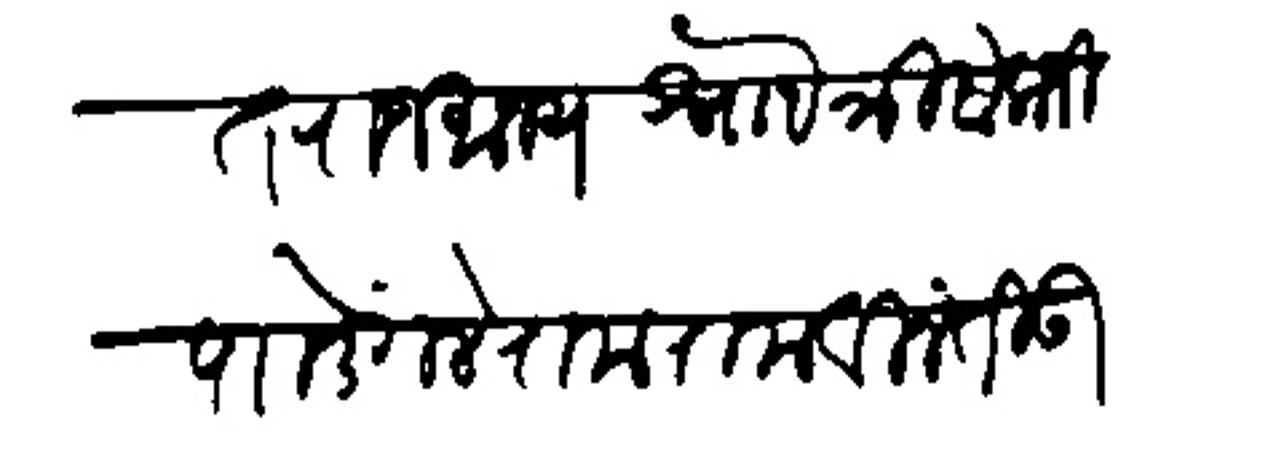
Transliteration (Devanagari): आलंकृत राजमान्य श्र्नोा त्रिंबकजी पाा डेंगले रामराम विनंती उपरि